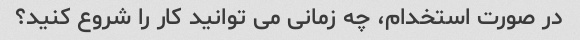
در صورت استخدام، چه زمانی می توانید کار را شروع کنید؟